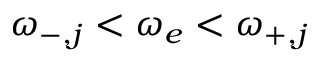
\omega _ { - , j } < \omega _ { e } < \omega _ { + , j }